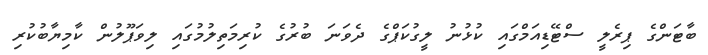
ބާޓަންގެ ޕިރެލީ ސްޓޭޑިއަމްގައި ކުޅުނު ލީގުކަޕްގެ ދެވަނަ ބުރުގެ ކުރިމަތިލުމުގައި ލިވަޕޫލުން ކާމިޔާބުކުރި